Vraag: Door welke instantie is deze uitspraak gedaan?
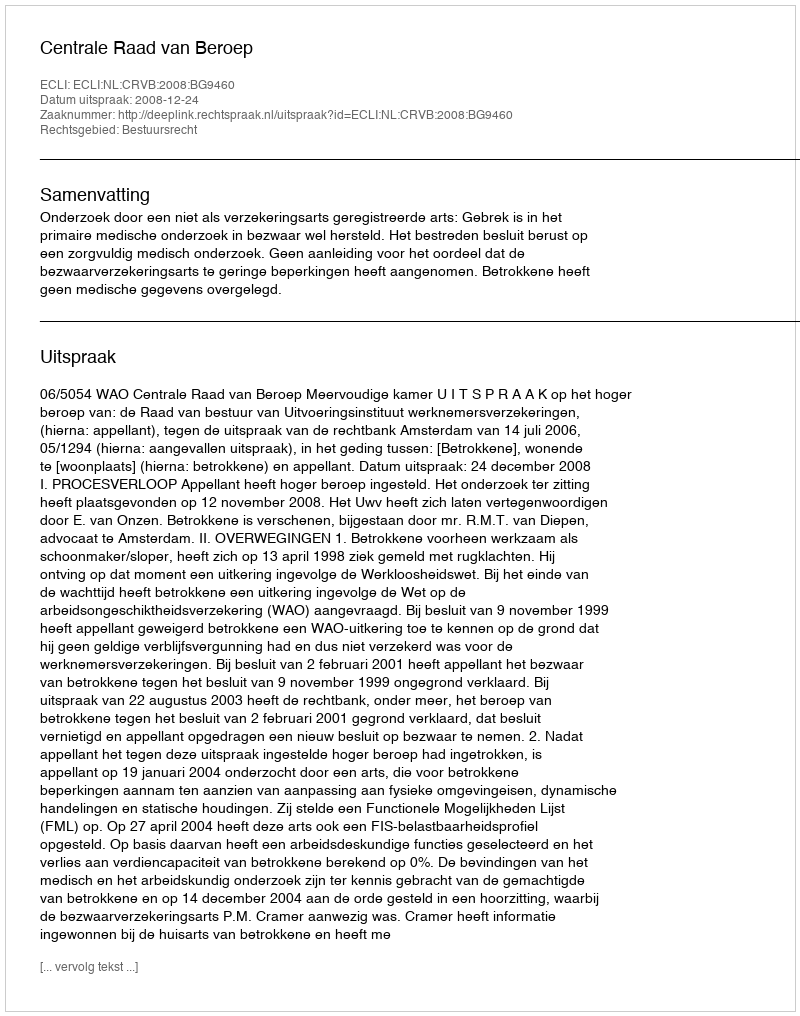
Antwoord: Centrale Raad van Beroep